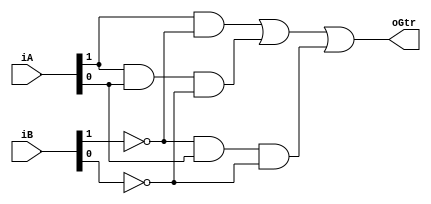
module gtr2
	(
		input wire [1:0] iA,
		input wire [1:0] iB,
		output wire oGtr
	);

	wire p0, p1, p2;

	assign p0 =  iA[1] & ~iB[1];
	assign p1 =  iA[1] &  iA[0] & ~iB[0];
	assign p2 = ~iB[1] &  iA[0] & ~iB[0];

	assign oGtr = p0 | p1 | p2;
endmodule